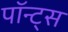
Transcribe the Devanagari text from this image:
पॉन्ट्स